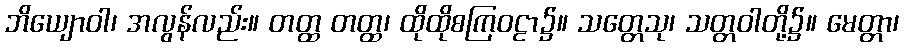
ဘိယျောဝါ၊ အလွန်လည်း။ တတ္ထ တတ္ထ၊ ထိုထိုစကြဝဠာ၌။ သတ္တေသု၊ သတ္တဝါတို့၌။ မေတ္တာ၊